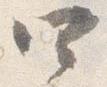
四